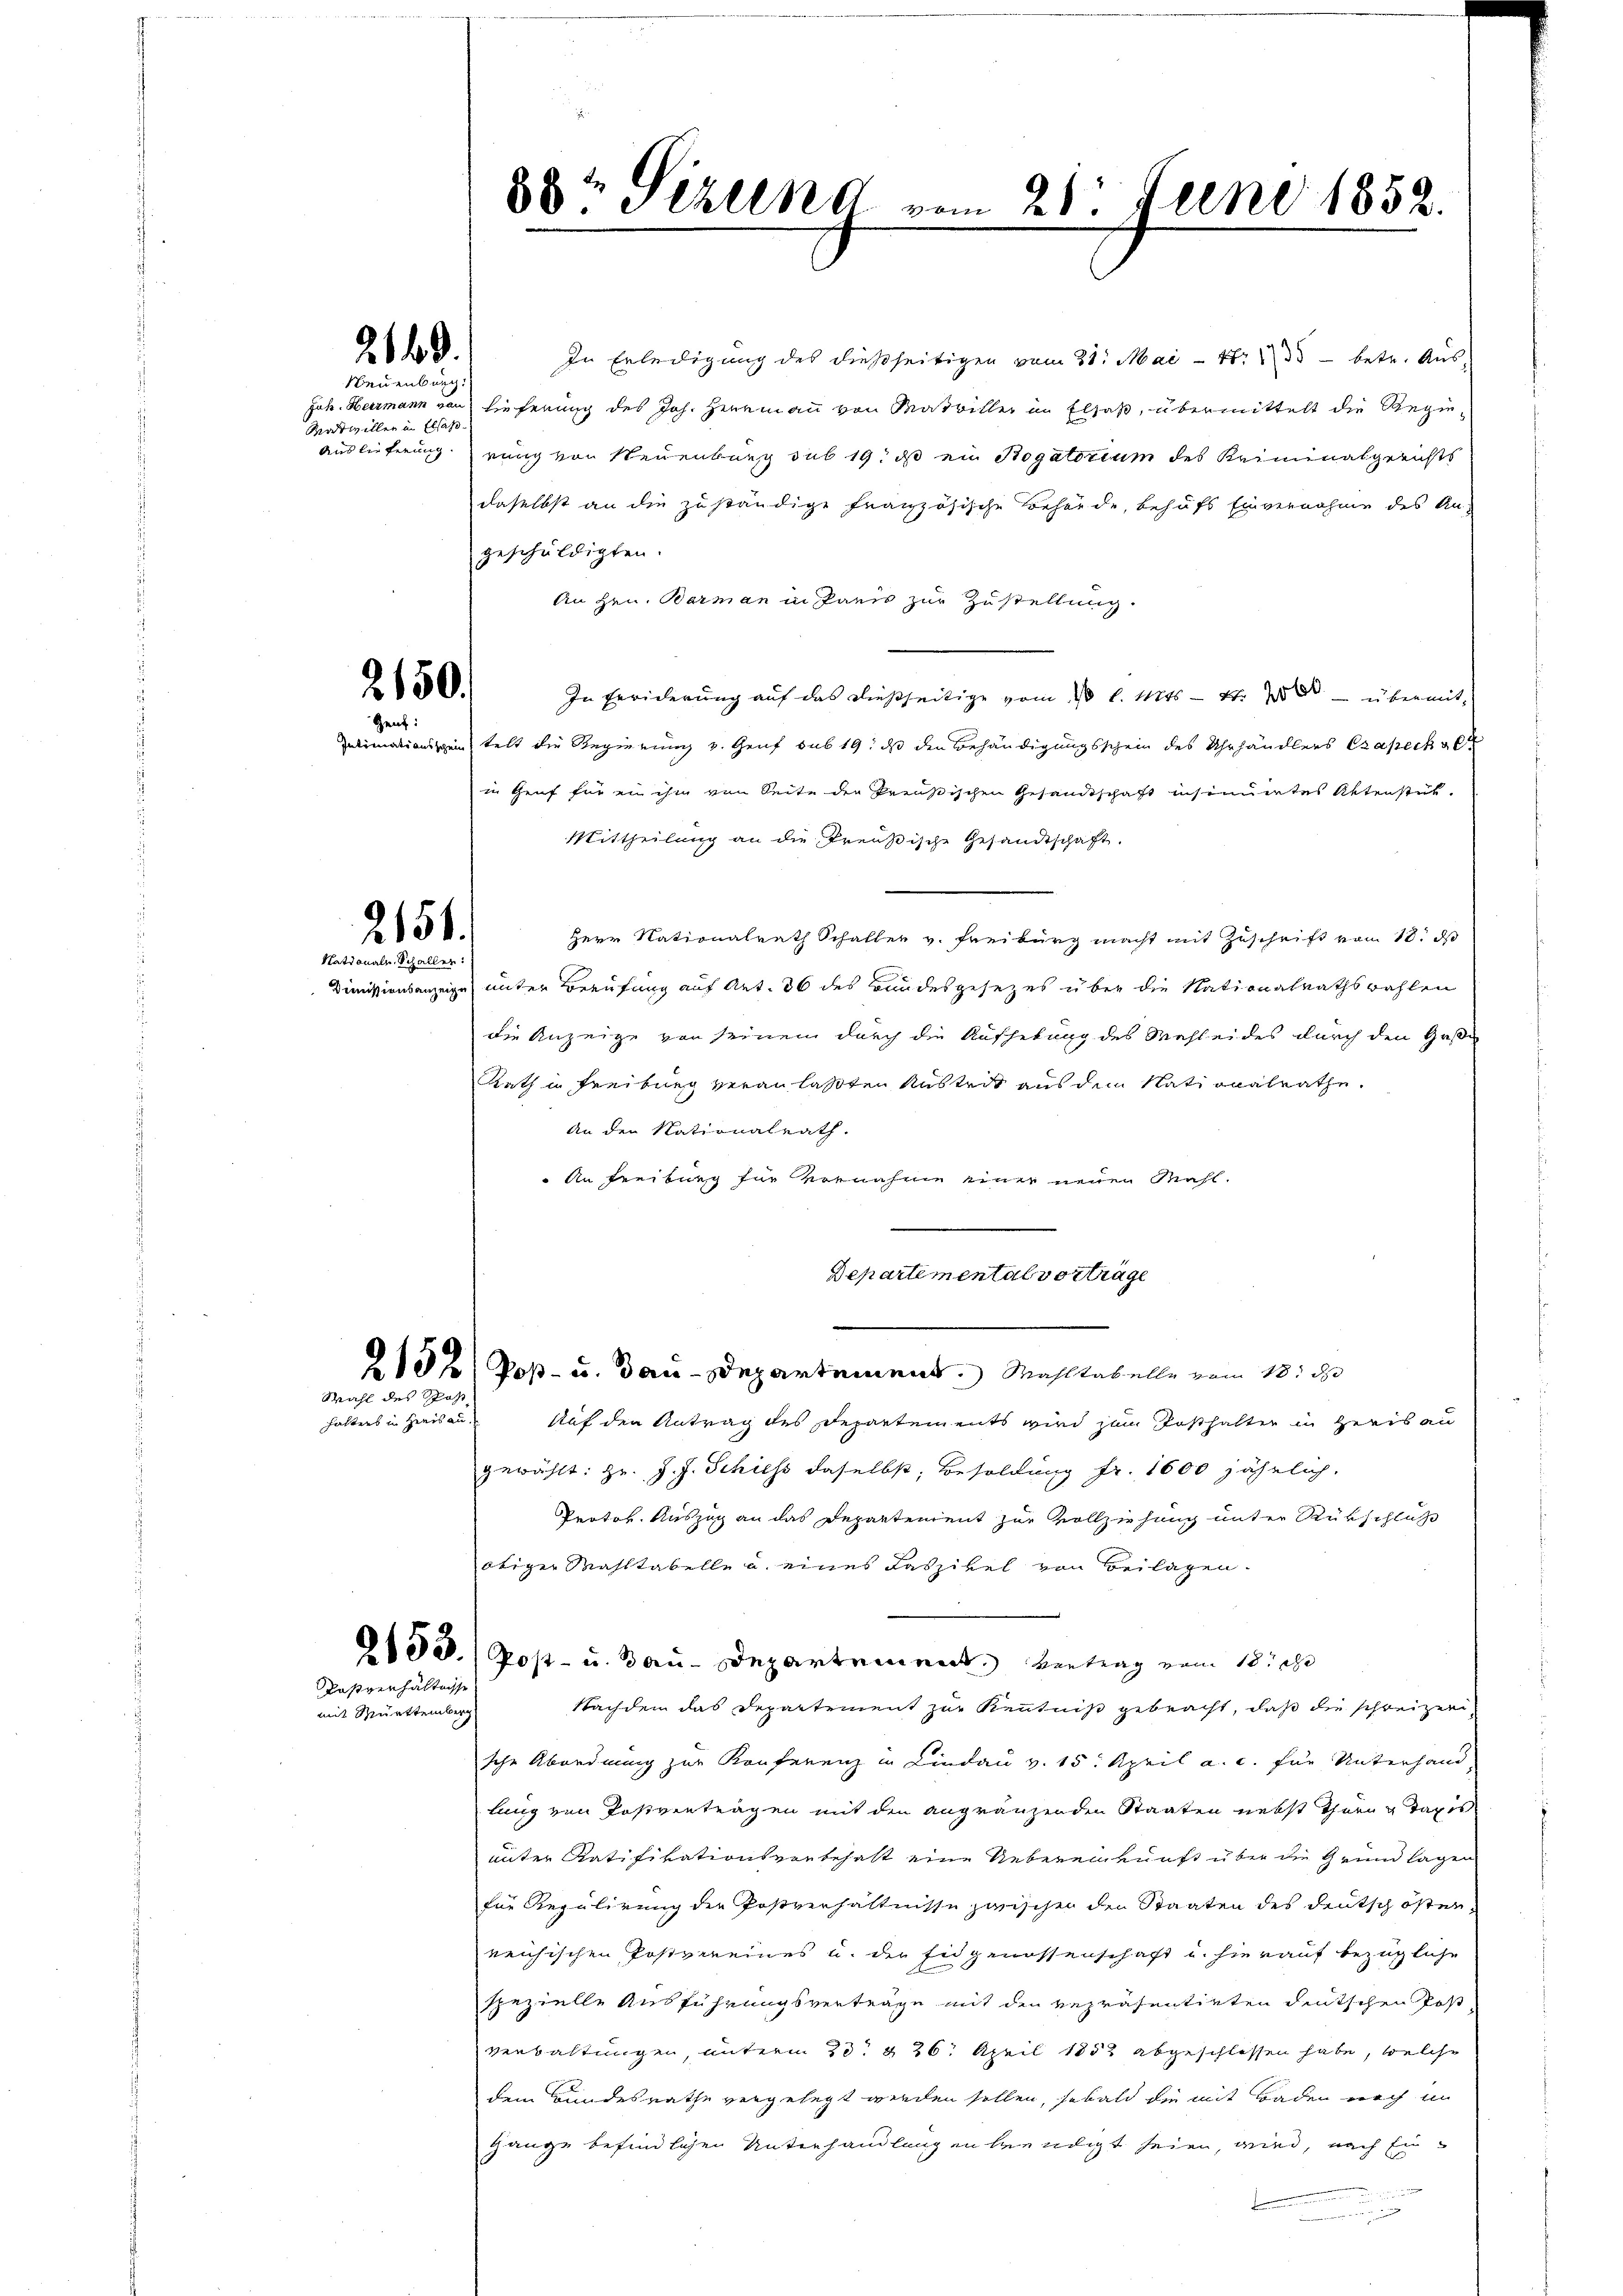
21.

Neuenburg
Watwillen in Elsaß

2150.
Gent:

2151.
Nationale Schaller.

In Erledigung des dießseitigen vom 31. Mai - 4. 535 - betr. Aŭs-
Jah. Heermann von Lieferung des Joh. Herrmann von Matriller im Elsaß, übermittelt die Regie¬
Auslieferung rung von Neuenburg sub 19. ds ein Rogatorium des Kriminalgerichts
daselbst an die zuständige französische Behörde, behufs Einvernahme des An-
geschuldigten.
An Hrn. Barman in Panis zur Zustellung.
In Erwiderung auf das dießseitige vom 10 l. Mts. - 4. übermit¬
Intimationszeitelt die Regierung v. Genf sub 19, daß den Behändigungsschein des Uhrhändlers Czapeck alt
in Genf für ein ihm von Seite der treußischen Gesandtschaft insonnertes Aktenstük¬
Mittheilung an die Preußische Gesandtschaft.
Herr Nationalrath Schaller v. Freiburg macht mit Zuschrift vom 18. ds
Dimissionsanzeige unter Berufung auf Art. 36 des Bundesgesezes über die Nationalrathswahlen
die Anzeige von seinem durch die Aufhebung des Mehleides durch den Gese
Rath in Freiburg veranlassten Austrit aus dem Nationalrathe
An den Nationalrath.
An Freiburg für vernahme einer neuen Mahl.
Departemental vorträge
2132) Poß- u. Bau-Departement. Mahltabelle vom 18. d
Auf den Antrag des Departements wird zum Posthalter in Heris au
gewählt: Hr. J. J. Schiess daselbst, Besoldung fr. 1600 jährlich,
Protok. Auszug an das Departement zur Vollziehung unter Rückschluß
otiger Mahltabelle u. eines Kaszikel von Beilagen.
2133.) Post- u. Bau-Departement. Vertrag vom 18te
Nachdem das Departement zur Kenntniß gebracht, daß die schreizer
sche Abordnung zur Konferenz in Lindau v. 15. April a. c. für Unterhand
lung von Postvertragen mit den angränzenden Staaten nebst Thurn Tages
unter Ratifikationserntehalt eine Uebereinkunft über die Grundlagen
für Regulirung die Postverhältnisse zwischen den Staaten des deutsch öster,
reichischen Postvereines u. der Eidgenossenschaft u. hierauf bezügliche
spezielle Ausführungsvertrage mit den Repräsentirten deutschen Post
verbaltungen, unterm 23. & 26. April 1852 abgeschlossen habe, welche
dem Bundesrathe vergelegt werden sollen, sobald die mit Baden noch im
gange befindlichen Unterhandlungen beendigt seien, wird, nach Ein¬
u

Wahl des Spost
halters in Heers au.

Pasverhältnisse
mit Murttemberg

88 Sizung vom 21. Juni 1852.
.
.